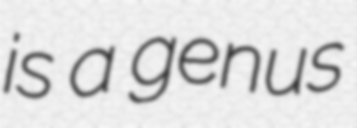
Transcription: is a genus